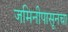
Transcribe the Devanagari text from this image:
जमिनीपासूनचा